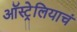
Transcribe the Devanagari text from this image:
ऑस्ट्रेलियाचं